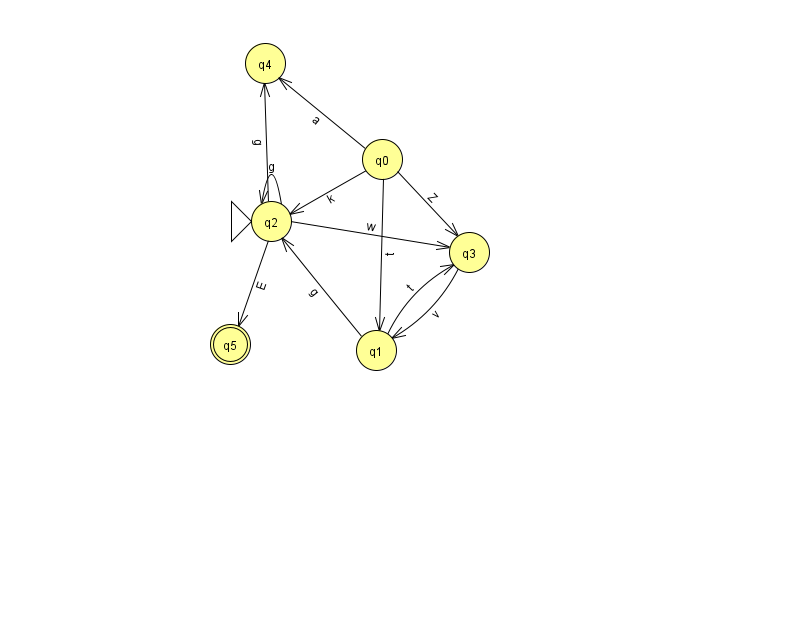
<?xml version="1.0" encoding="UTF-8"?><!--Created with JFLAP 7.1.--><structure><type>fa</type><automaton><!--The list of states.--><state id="0" name="q0"><x>382.0</x><y>146.0</y></state><state id="1" name="q1"><x>376.0</x><y>337.0</y></state><state id="2" name="q2"><x>271.0</x><y>208.0</y><initial/></state><state id="3" name="q3"><x>469.0</x><y>239.0</y></state><state id="4" name="q4"><x>265.0</x><y>50.0</y></state><state id="5" name="q5"><x>230.0</x><y>331.0</y><final/></state><!--The list of transitions.--><transition><from>1</from><to>2</to><read>g</read></transition><transition><from>0</from><to>1</to><read>t</read></transition><transition><from>0</from><to>3</to><read>Z</read></transition><transition><from>2</from><to>2</to><read>g</read></transition><transition><from>2</from><to>3</to><read>w</read></transition><transition><from>0</from><to>2</to><read>k</read></transition><transition><from>2</from><to>4</to><read>g</read></transition><transition><from>3</from><to>1</to><read>v</read></transition><transition><from>0</from><to>4</to><read>a</read></transition><transition><from>1</from><to>3</to><read>t</read></transition><transition><from>2</from><to>5</to><read>E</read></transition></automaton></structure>